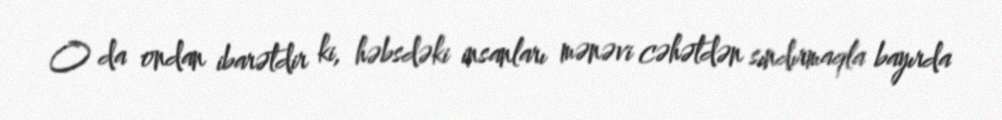
O da ondan ibarətdir ki, həbsdəki insanları mənəvi cəhətdən sındırmaqla bayırda